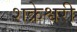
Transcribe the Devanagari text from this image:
शक्रेश्वरी